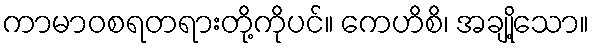
ကာမာဝစရတရားတို့ကိုပင်။ ကေဟိစိ၊ အချို့သော။